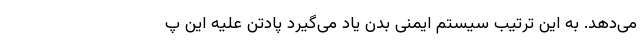
می‌دهد. به این ترتیب سیستم ایمنی بدن یاد می‌گیرد پادتن علیه این پ